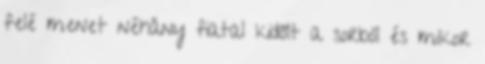
felé menet néhány fiatal kidőlt a sorból és mikor